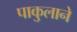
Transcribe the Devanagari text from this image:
पाकुलाने